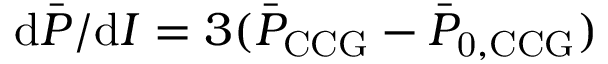
\mathrm { d } \bar { P } / \mathrm { d } I = 3 ( \bar { P } _ { \mathrm { C C G } } - \bar { P } _ { \mathrm { 0 , C C G } } )